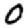
Digit: 0